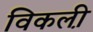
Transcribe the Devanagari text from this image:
विकली़